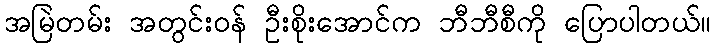
အမြဲတမ်း အတွင်းဝန် ဦးစိုးအောင်က ဘီဘီစီကို ပြောပါတယ်။